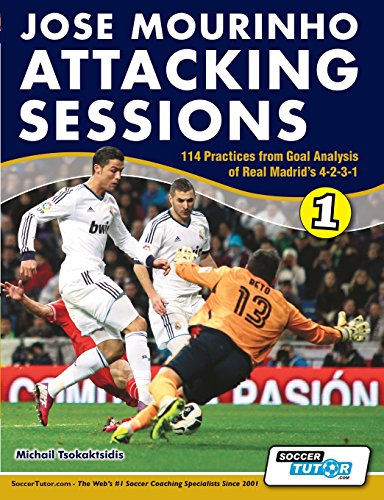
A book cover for Jose Mourinho Attacking Sessions - 114 Practices from Goal Analysis of Real Madrid's 4-2-3-1; Michail Tsokaktsidis; Sports & Outdoors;